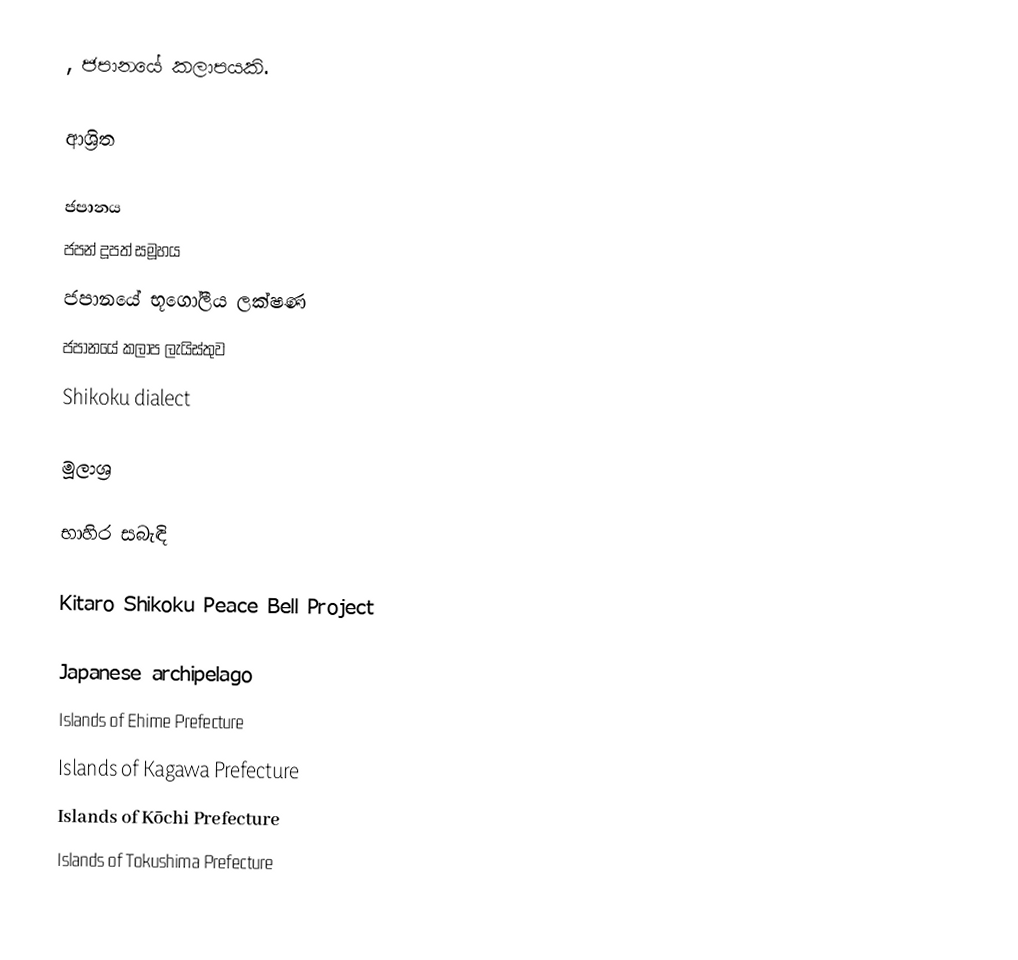
, ජපානයේ කලාපයකි.

ආශ්‍රිත

 ජපානය
ජපන් දූපත් සමූහය
ජපානයේ භූගෝලීය ලක්ෂණ
ජපානයේ කලාප ලැයිස්තුව
Shikoku dialect

මූලාශ්‍ර

භාහිර සබැඳි

Kitaro Shikoku Peace Bell Project

Japanese archipelago
Islands of Ehime Prefecture
Islands of Kagawa Prefecture
Islands of Kōchi Prefecture
Islands of Tokushima Prefecture